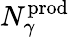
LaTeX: N_{\gamma}^{\mathrm{prod}}